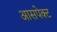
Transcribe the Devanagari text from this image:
आसपेक्ट